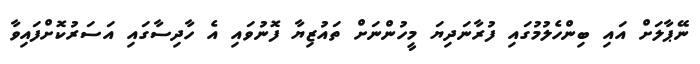
ނޭޕާލަށް އައި ބިންހެލުމުގައި ފުރާނަދިޔަ މީހުންނަށް ތައުޒިޔާ ފޮނުވައި އެ ހާދިސާގައި އަސަރުކޮށްފައިވާ